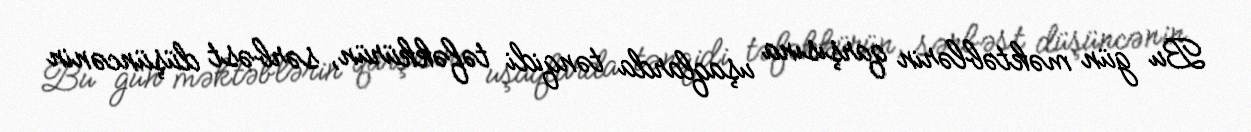
Bu gün məktəblərin qarşısına uşaqlarda tənqidi təfəkkürün, sərbəst düşüncənin